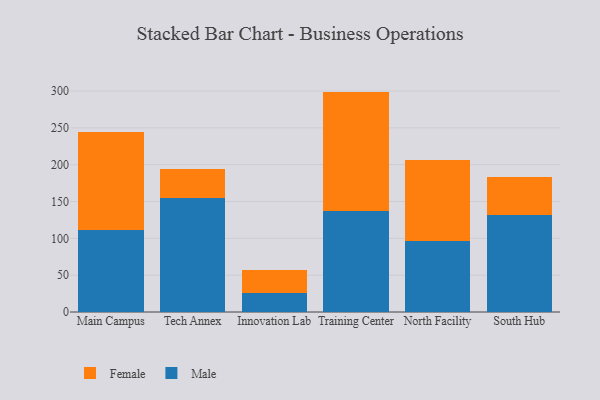
{"axis": {"x": "Campus", "y": "Backlog"}, "legend": ["Female", "Male"], "data": [{"x": "Main Campus", "y": 112.0, "type": "Male"}, {"x": "Main Campus", "y": 131.9, "type": "Female"}, {"x": "Tech Annex", "y": 154.7, "type": "Male"}, {"x": "Tech Annex", "y": 39.8, "type": "Female"}, {"x": "Innovation Lab", "y": 26.1, "type": "Male"}, {"x": "Innovation Lab", "y": 31.4, "type": "Female"}, {"x": "Training Center", "y": 137.6, "type": "Male"}, {"x": "Training Center", "y": 161.6, "type": "Female"}, {"x": "North Facility", "y": 96.4, "type": "Male"}, {"x": "North Facility", "y": 109.3, "type": "Female"}, {"x": "South Hub", "y": 131.7, "type": "Male"}, {"x": "South Hub", "y": 51.3, "type": "Female"}]}